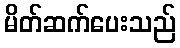
မိတ်ဆက်ပေးသည်